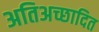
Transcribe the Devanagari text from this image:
अतिअच्छादित